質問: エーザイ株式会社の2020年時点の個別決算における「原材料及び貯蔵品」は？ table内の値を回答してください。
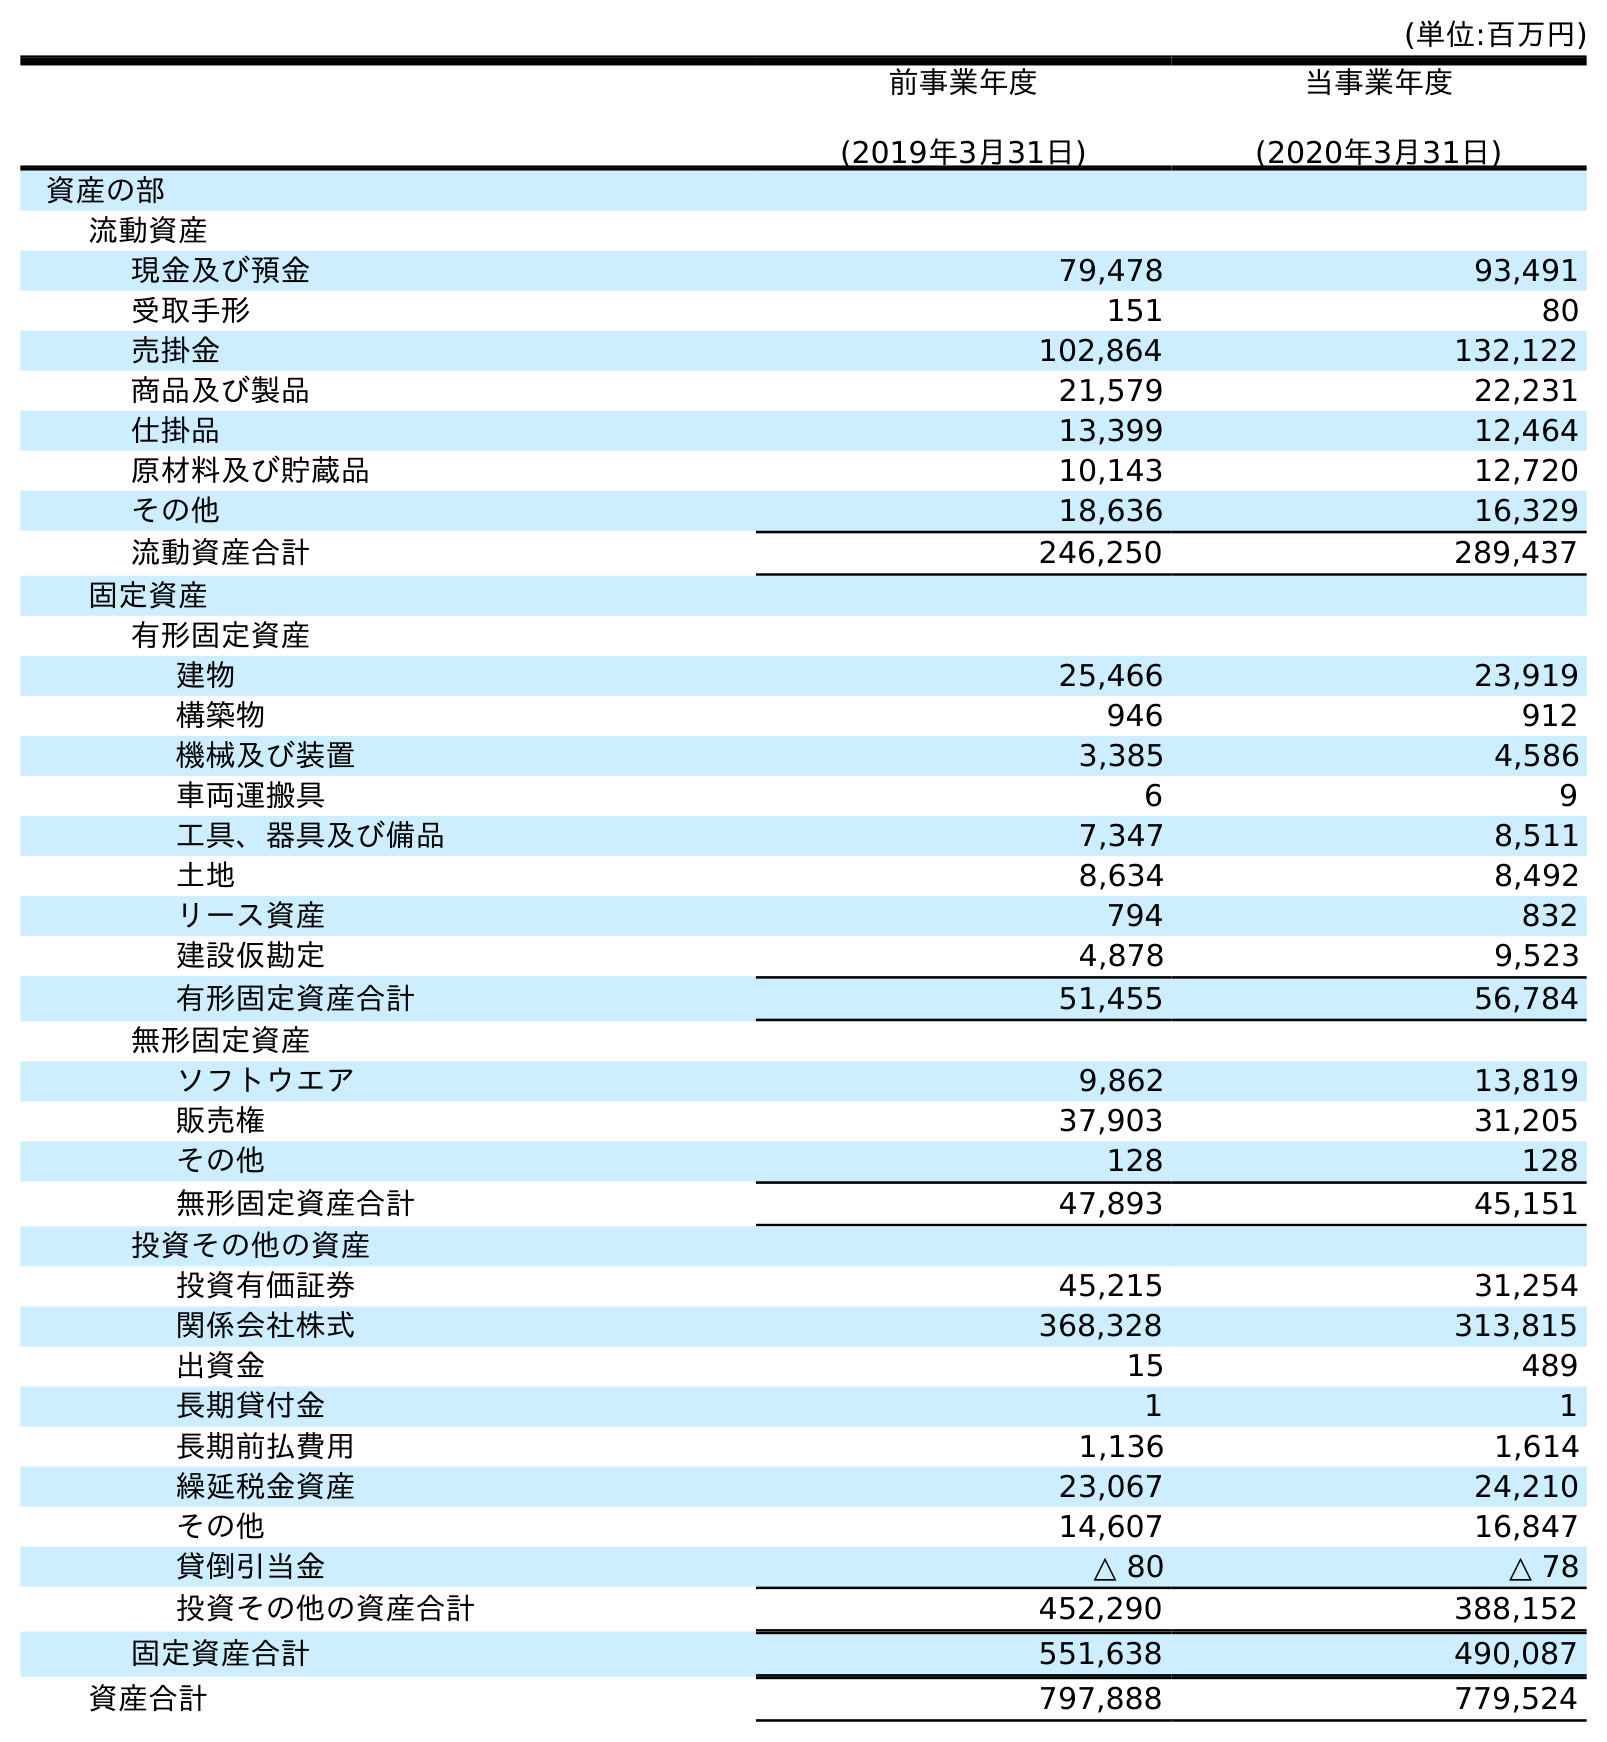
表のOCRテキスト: (単位:百万円) 前事業年度 (2019年3月31日) 当事業年度 (2020年3月31日) 資産の部 流動資産 現金及び預金 79,478 93,491 受取手形 151 80 売掛金 102,864 132,122 商品及び製品 21,579 22,231 仕掛品 13,399 12,464 原材料及び貯蔵品 10,143 12,720 その他 18,636 16,329 流動資産合計 246,250 289,437 固定資産 有形固定資産 建物 25,466 23,919 構築物 946 912 機械及び装置 3,385 4,586 車両運搬具 6 9 工具、器具及び備品 7,347 8,511 土地 8,634 8,492 リース資産 794 832 建設仮勘定 4,878 9,523 有形固定資産合計 51,455 56,784 無形固定資産 ソフトウエア 9,862 13,819 販売権 37,903 31,205 その他 128 128 無形固定資産合計 47,893 45,151 投資その他の資産 投資有価証券 45,215 31,254 関係会社株式 368,328 313,815 出資金 15 489 長期貸付金 1 1 長期前払費用 1,136 1,614 繰延税金資産 23,067 24,210 その他 14,607 16,847 貸倒引当金 △ 80 △ 78 投資その他の資産合計 452,290 388,152 固定資産合計 551,638 490,087 資産合計 797,888 779,524
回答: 12,720